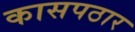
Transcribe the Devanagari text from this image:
कासपठार